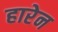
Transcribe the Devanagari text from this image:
हारेन